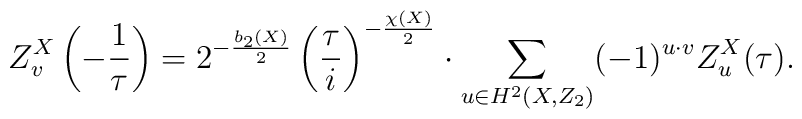
Z^X_v\left(-\frac{1}{\tau}\right)=2^{-\frac{b_2(X)}{2}}\left(\frac{\tau}{i}\right)^{-\frac{\chi(X)}{2}}\cdot\sum_{u\in H^2(X,Z_2)}(-1)^{u\cdot v}Z^X_u(\tau).